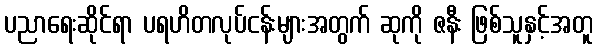
ပညာရေးဆိုင်ရာ ပရဟိတလုပ်ငန်းများအတွက် ဆုကို ဇနီး ဖြစ်သူနှင့်အတူ